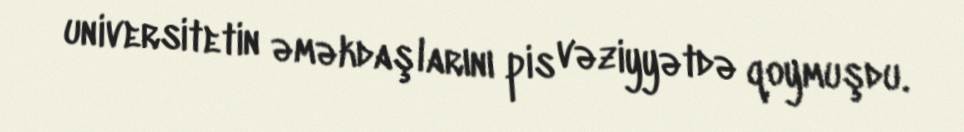
universitetin əməkdaşlarını pis vəziyyətdə qoymuşdu.